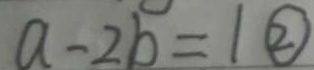
a - 2 b = 1 \textcircled { 2 }